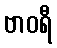
ဗာဝရီ